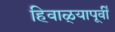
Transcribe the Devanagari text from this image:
हिवाळ्यापूर्वी